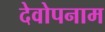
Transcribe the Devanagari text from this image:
देवोपनाम